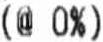
(@ 0%)